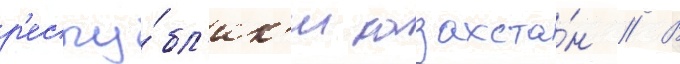
р'еспу́бл'ик'и казахста́н // В